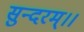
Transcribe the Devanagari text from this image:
सुन्दरम्।।